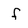
Character: f